Vaccination in Bombay 1863-1868 - 1863-1868
Year: 1863
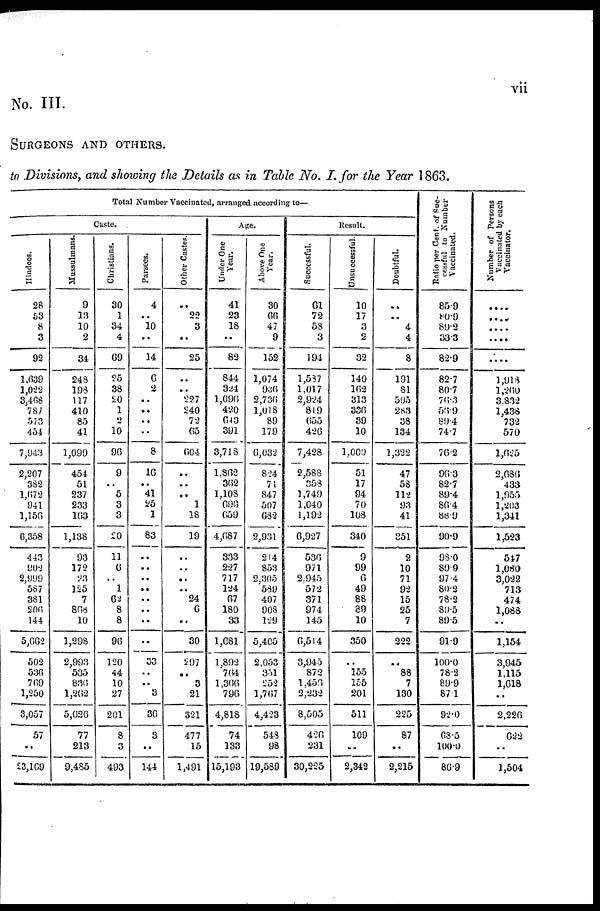
vii
No. III.
SURGEONS AND OTHERS.
to Divisions, and showing the Details as in Table No. I. for the Year 1863.
Total Number Vaccinated, arranged according to—
Caste.
Hindoos.
28
53
8
3
92
1,639
1,022
3,468
787
573
454
7,943
2,207
382
1,672
941
1,156
6,358
443
902
2,999
587
381
206
144
5,662
502
536
769
1,250
3,057
57
..
23,169
Mussulmans.
9
13
10
2
34
248
198
117
410
85
41
1,099
454
51
237
233
163
1,138
93
172
23
125
7
868
10
1,298
2,993
535
836
1,262
5,626
77
213
9,485
Christians.
30
1
34
4
69
25
38
20
1
2
10
96
9
..
5
3
3
20
11
6
..
1
62
8
8
96
120
44
10
27
201
8
3
493
Parsees.
4
..
10
..
14
6
2
..
..
..
..
8
16
..
41
25
1
83
..
..
..
..
..
..
..
..
33
..
..
3
36
3
..
144
Other Castes.
..
22
3
..
25
..
..
227
240
72
65
604
..
..
..
1
18
19
..
..
..
.. 24
6
..
30
297
..
3
21
321
477
15
1,491
Age.
Under One
Year.
41
23
18
..
82
844
324
1,096
420
643
391
3,718
1,862
362
1,108
696
659
4,687
333
227
717
124
67
180
33
1,681
1,892
764
1,366
796
4,818
74
133
15,193
Above One
Year.
30
66
47
9
152
1,074
936
2,736
1,018
89
179
6,032
824
71
847
507
682
2,931
214
853
2,305
589
407
908
129
5,405
2,053
351
252
1,767
4,423
548
98
19,589
Result.
Successful.
61
72
58
3
194
1,587
1,017
2,924
819
655
426
7,428
2,588
358
1,749
1,040
1,192
6,927
536
971
2,945
572
371
974
145
6,514
3,945
872
1,456
2,232
8,505
426
231
30,225
Unsuccessful.
10
17
3
2
32
140
162
313
336
39
10
1,000
51
17
94
70
108
340
9
99
6
49
88
89
10
350
..
155
155
201
511
109
..
2,342
Doubtful.
..
..
4
4
8
191
81
595
283
38
134
1,322
47
58
112
93
41
351
2
10
71
92
15
25
7
222
..
88
7
130
225
87
..
2,215
Ratio per Cent. of Suc-
cessful to Number
Vaccinated.
85.9
80.9
89.2
33.3
82.9
82.7
80.7
76.3
56.9
89.4
74.7
76.2
96.3
82.7
89.4
86.4
88.9
90.9
98.0
89.9
97.4
80.2
78.2
89.5
89.5
91.9
100.0
78.2
89.9
87.1
92.0
63.5
100.0
86.9
Number of Persons
Vaccinated by each
Vaccinator.
....
....
....
....
....
1,913
1,260
3,832
1,438
732
570
1,625
2,686
433
1,955
1,203
1,341
1,523
547
1,080
3,022
713
474
1,088
..
1,154
3,945
1,115
1,618
..
2,226
622
..
1,504